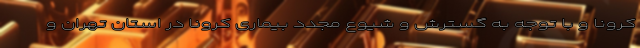
کرونا و با توجه به گسترش و شیوع مجدد بیماری کرونا در استان تهران و